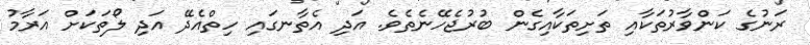
ރަނުގެ ކަންވާރުތަކާއި ތަށިތަކާއިގެން ބުރުޖެހޭނެތެވެ. އަދި އެތާނގައި ހިތްއެދޭ އަދި ލޯތަކަށް އަރާމު